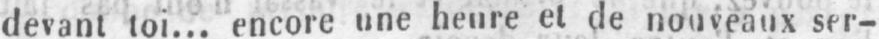
devant toi... encore une heure et de nouveaux ser-